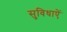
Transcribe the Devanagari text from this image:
सुविधाएें